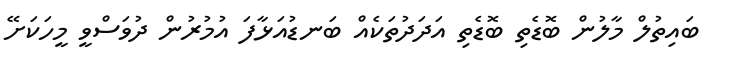
ބައިތުލް މާލުން ބޮޑެތި ބޮޑެތި އަދަދުތަކެއް ބަނޑުއަޅާފަ އުމުރުން ދުވަސްވީ މީހަކަށޭ